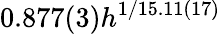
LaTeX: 0.877(3)h^{1/15.11(17)}